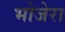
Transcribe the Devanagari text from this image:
भोजेरा